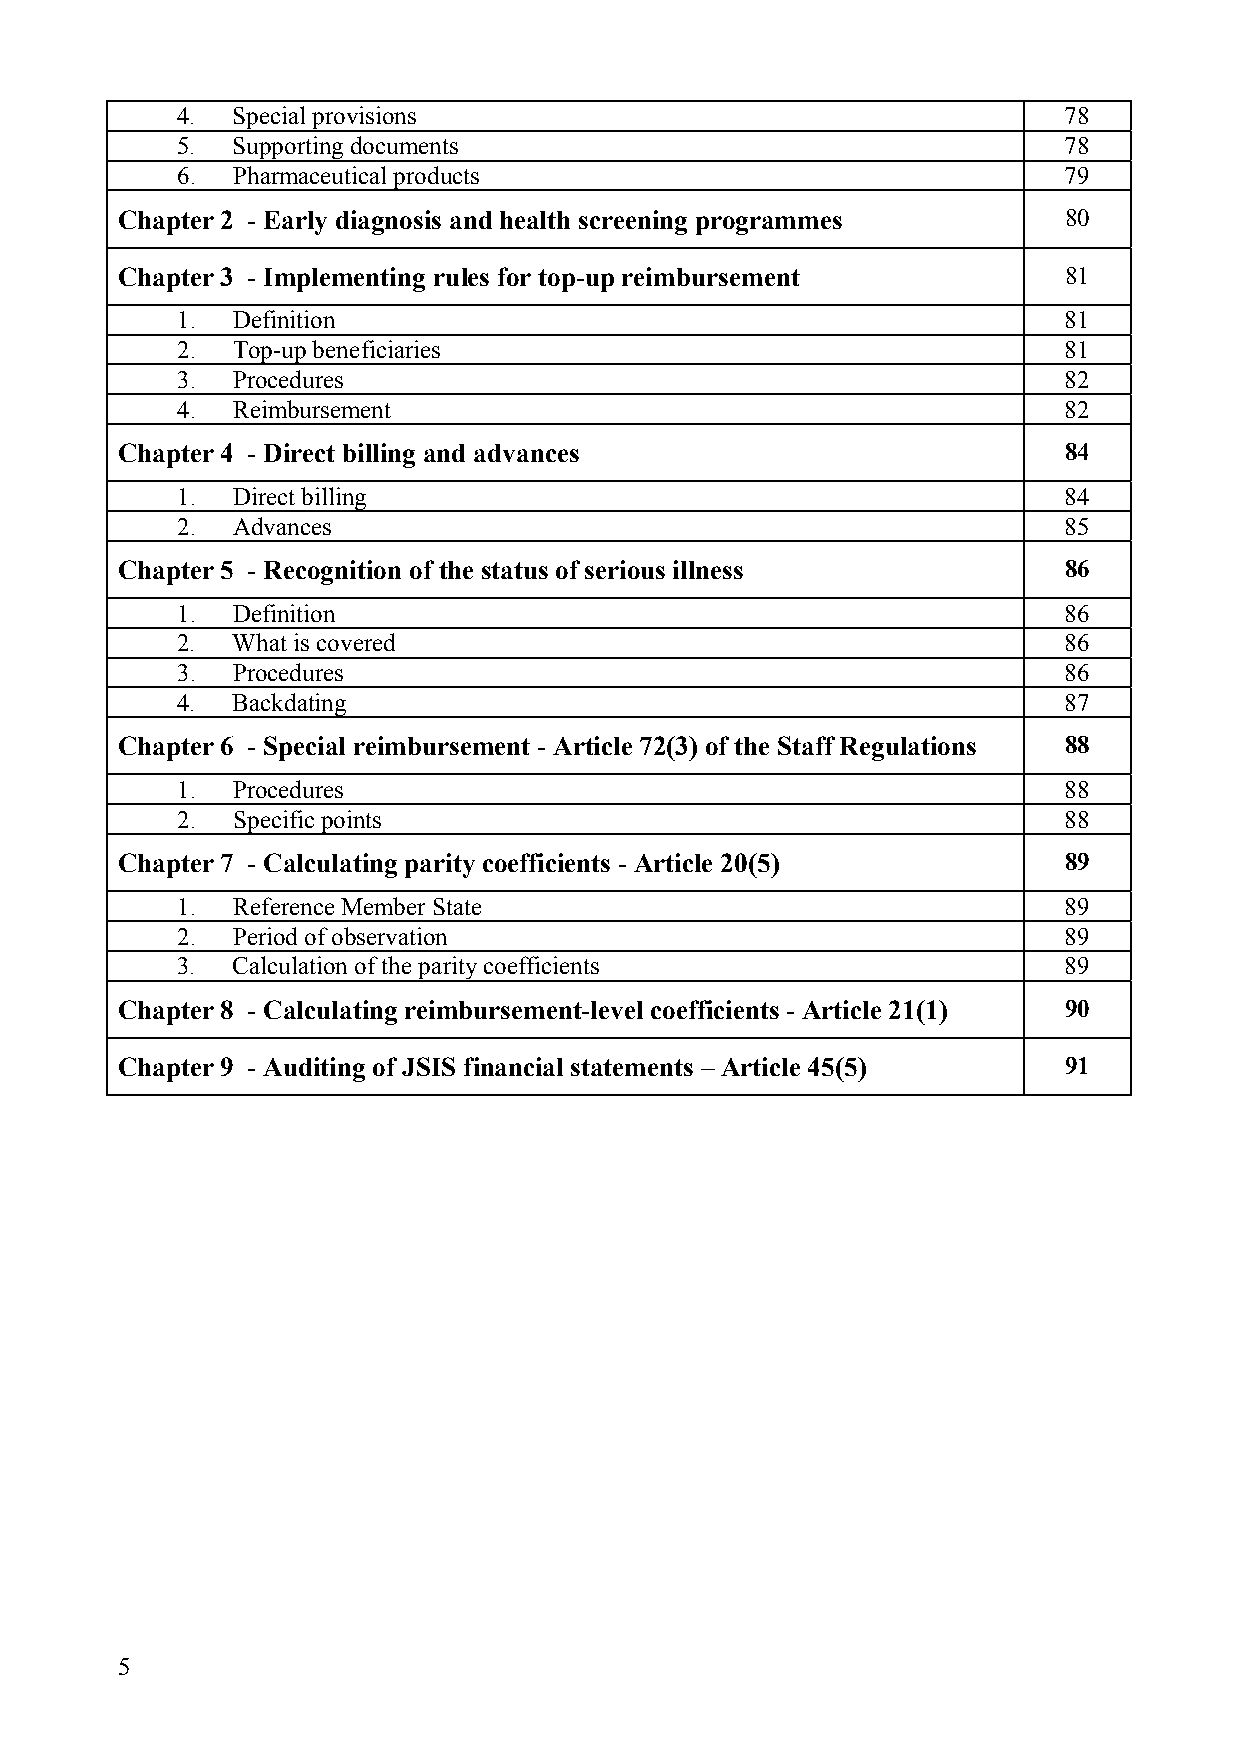
4. Special provisions                                     78
 5. Supporting documents                                   78
 6. Pharmaceutical products                                79
 Chapter 2 - Early diagnosis and health screening programmes   80
 Chapter 3 - Implementing rules for top-up reimbursement       81
 1. Definition                                             81
 2. Top-up beneficiaries                                   81
 3. Procedures                                             82
 4. Reimbursement                                          82
 Chapter 4 - Direct billing and advances                       84
 1. Direct billing                                         84
 2. Advances                                               85
 Chapter 5 - Recognition of the status of serious illness      86
 1. Definition                                             86
 2. What is covered                                        86
 3. Procedures                                             86
 4. Backdating                                             87
 Chapter 6 - Special reimbursement - Article 72(3) of the Staff Regulations 88
 1. Procedures                                             88
 2. Specific points                                        88
 Chapter 7 - Calculating parity coefficients - Article 20(5)   89
 1. Reference Member State                                 89
 2. Period of observation                                  89
 3. Calculation of the parity coefficients                 89
 Chapter 8 - Calculating reimbursement-level coefficients - Article 21(1) 90
 Chapter 9 - Auditing of JSIS financial statements – Article 45(5) 91
 5